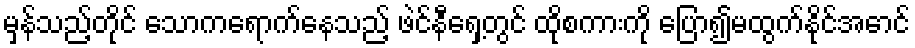
မှန်သည့်တိုင် သောကရောက်နေသည့် ဖဲင်နီရှေ့တွင် ထိုစကားကို ပြော၍မထွက်နိုင်အောင်